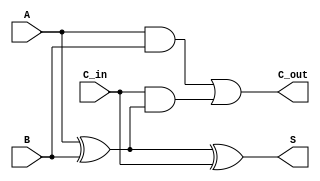
module full_adder (
    input wire A,
    input wire B,
    input wire C_in,
    output wire S,
    output wire C_out
);
    assign S = A ^ B ^ C_in;          // Sum Calculation
    assign C_out = (A & B) | (C_in & (A ^ B)); // Carry Out Calculation
endmodule